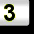
Digit: 3